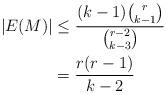
LaTeX: \begin{align*} |E(M)| &\leq \frac{(k-1){r \choose k-1}}{{r-2 \choose k-3}}\\ &= \frac{r(r-1)}{k-2}\end{align*}